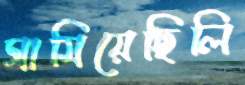
ঘামিয়েছিলি